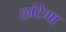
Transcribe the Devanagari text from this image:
छांटेगा